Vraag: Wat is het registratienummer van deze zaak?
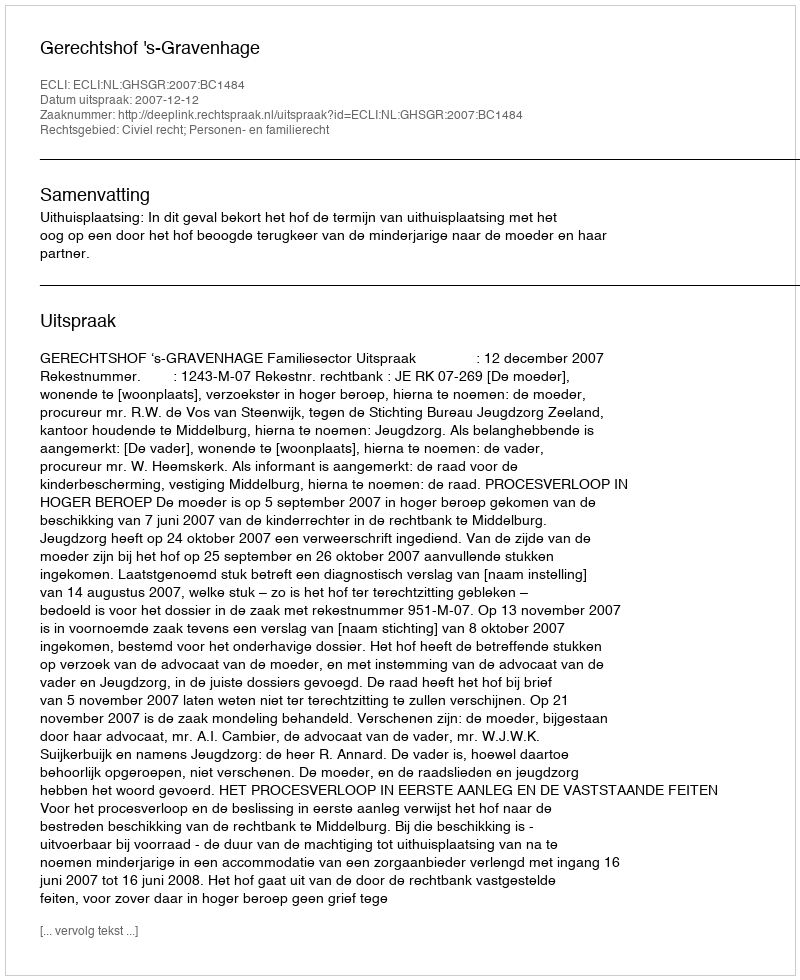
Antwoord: http://deeplink.rechtspraak.nl/uitspraak?id=ECLI:NL:GHSGR:2007:BC1484